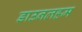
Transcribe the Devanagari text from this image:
डाउनलहम